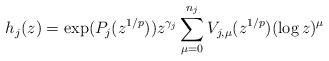
LaTeX: \begin{align*} h_j(z) = \exp( P_j( z^{1/p}) ) z^{\gamma_j} \sum_{\mu=0}^{n_j} V_{j,\mu}( z^{1/p} ) (\log z)^{\mu } \end{align*}